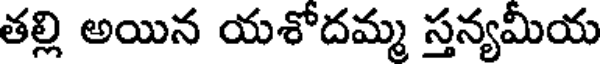
తల్లి అయిన యశోదమ్మ స్తన్యమీయ